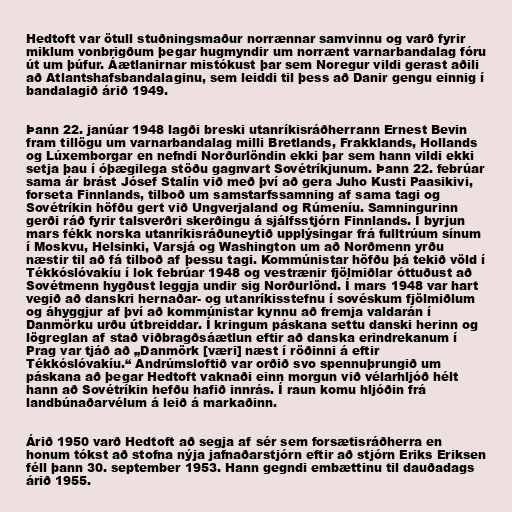
Hedtoft var ötull stuðningsmaður norrænnar samvinnu og varð fyrir
miklum vonbrigðum þegar hugmyndir um norrænt varnarbandalag fóru
út um þúfur. Áætlanirnar mistókust þar sem Noregur vildi gerast aðili
að Atlantshafsbandalaginu, sem leiddi til þess að Danir gengu einnig í
bandalagið árið 1949.

Þann 22. janúar 1948 lagði breski utanríkisráðherrann Ernest Bevin
fram tillögu um varnarbandalag milli Bretlands, Frakklands, Hollands
og Lúxemborgar en nefndi Norðurlöndin ekki þar sem hann vildi ekki
setja þau í óþægilega stöðu gagnvart Sovétríkjunum. Þann 22. febrúar
sama ár brást Jósef Stalín við með því að gera Juho Kusti Paasikivi,
forseta Finnlands, tilboð um samstarfssamning af sama tagi og
Sovétríkin höfðu gert við Ungverjaland og Rúmeníu. Samningurinn
gerði ráð fyrir talsverðri skerðingu á sjálfsstjórn Finnlands. Í byrjun
mars fékk norska utanríkisráðuneytið upplýsingar frá fulltrúum sínum
í Moskvu, Helsinki, Varsjá og Washington um að Norðmenn yrðu
næstir til að fá tilboð af þessu tagi. Kommúnistar höfðu þá tekið völd í
Tékkóslóvakíu í lok febrúar 1948 og vestrænir fjölmiðlar óttuðust að
Sovétmenn hygðust leggja undir sig Norðurlönd. Í mars 1948 var hart
vegið að danskri hernaðar- og utanríkisstefnu í sovéskum fjölmiðlum
og áhyggjur af því að kommúnistar kynnu að fremja valdarán í
Danmörku urðu útbreiddar. Í kringum páskana settu danski herinn og
lögreglan af stað viðbragðsáætlun eftir að danska erindrekanum í
Prag var tjáð að „Danmörk [væri] næst í röðinni á eftir
Tékkóslóvakíu.“ Andrúmsloftið var orðið svo spennuþrungið um
páskana að þegar Hedtoft vaknaði einn morgun við vélarhljóð hélt
hann að Sovétríkin hefðu hafið innrás. Í raun komu hljóðin frá
landbúnaðarvélum á leið á markaðinn.

Árið 1950 varð Hedtoft að segja af sér sem forsætisráðherra en
honum tókst að stofna nýja jafnaðarstjórn eftir að stjórn Eriks Eriksen
féll þann 30. september 1953. Hann gegndi embættinu til dauðadags
árið 1955.